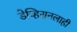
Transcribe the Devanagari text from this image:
डेव्हिसनलाही